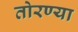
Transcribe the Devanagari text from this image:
तोरण्या